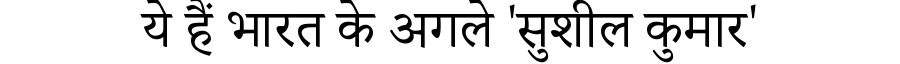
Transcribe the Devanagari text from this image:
ये हैं भारत के अगले 'सुशील कुमार'